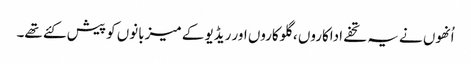
اُنھوں نے یہ تحفے اداکاروں ، گلوکاروں اور ریڈیو کے میزبانوں کو پیش کئے تھے۔